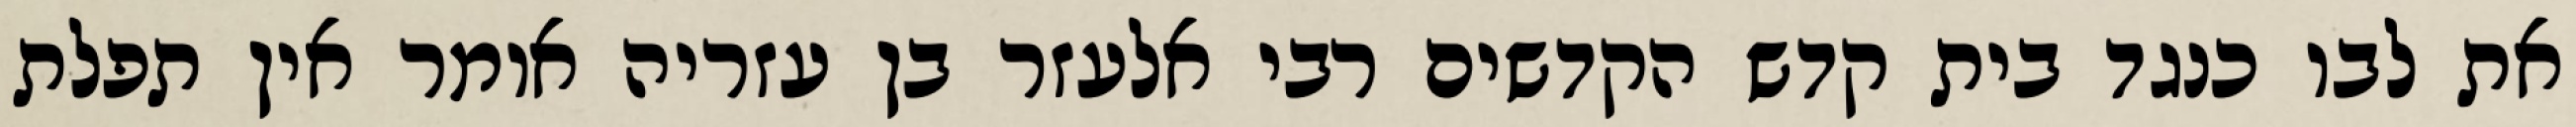
את לבו כנגד בית קדש הקדשים רבי אלעזר בן עזריה אומר אין תפלת